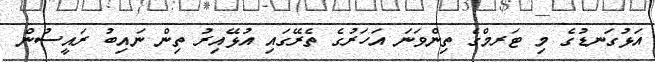
އަޅުގަނޑުގެ މި ޓަރމްގެ ތިންވަނަ އަހަރުގެ ތެރޭގައި އުޅޭއިރު ތިން ނައިބު ރައީސުން